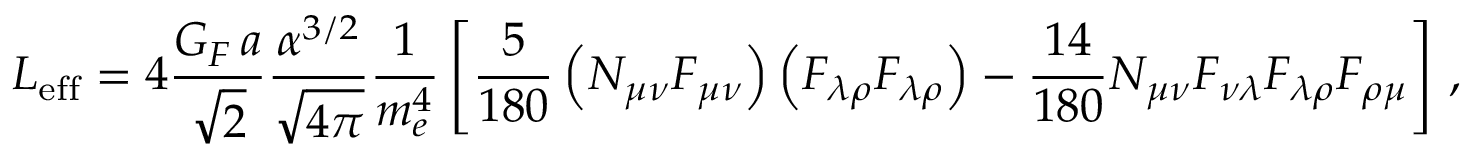
{ \cal L } _ { \mathrm { e f f } } = 4 \frac { G _ { F } \, a } { \sqrt { \displaystyle 2 } } \frac { \alpha ^ { 3 / 2 } } { \sqrt { \displaystyle 4 \pi } } \frac { 1 } { m _ { e } ^ { 4 } } \left[ \frac { 5 } { 1 8 0 } \left( N _ { \mu \nu } F _ { \mu \nu } \right) \left( F _ { \lambda \rho } F _ { \lambda \rho } \right) - \frac { 1 4 } { 1 8 0 } N _ { \mu \nu } F _ { \nu \lambda } F _ { \lambda \rho } F _ { \rho \mu } \right] \, ,